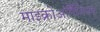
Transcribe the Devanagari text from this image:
माइक्रोऑर्गैनिज्म